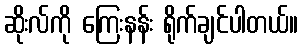
ဆိုးလ်ကို ကြေးနန်း ရိုက်ချင်ပါတယ်။